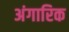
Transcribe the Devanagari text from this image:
अंगारिक